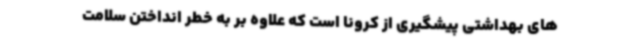
های بهداشتی پیشگیری از کرونا است که علاوه بر به خطر انداختن سلامت